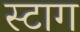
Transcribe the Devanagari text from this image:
स्टाग